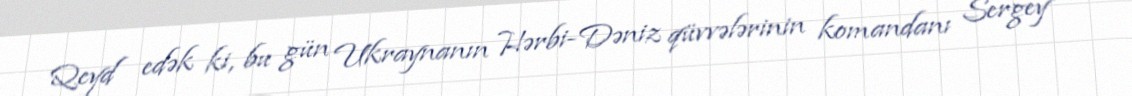
Qeyd edək ki, bu gün Ukraynanın Hərbi-Dəniz qüvvələrinin komandanı Sergey